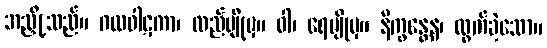
အညှို့သည်။ ဂလဝါဋကာ၊ လည်မျိုမှ။ ဝါ၊ ရေမျိုမှ။ နိက္ခန္တေန၊ ထွက်ခဲ့သော။